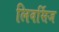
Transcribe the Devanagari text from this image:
लिवर्सिज